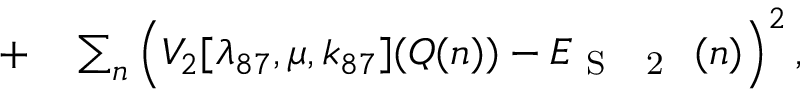
\begin{array} { r l } { + } & { { } \sum _ { n } \left( V _ { 2 } [ \lambda _ { 8 7 } , \boldsymbol { \mu } , \boldsymbol { k } _ { 8 7 } ] ( \boldsymbol { Q } ( n ) ) - E _ { \mathrm { ~ S ~ \textsubscript ~ { ~ 2 ~ } ~ } } ( n ) \right) ^ { 2 } , } \end{array}